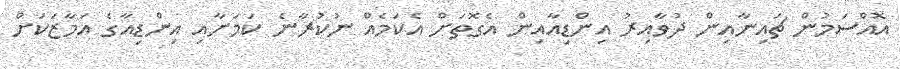
އޮއްސަމުން ޗައިނާއިން ދުވާއިރު އިންޑިއާއިން އެގޮތަށް އެކަމެއް ނުކުރާނެ ކަމަށާއި އިންޑިއާގެ އަމާޒަކަށް